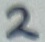
Text: 2